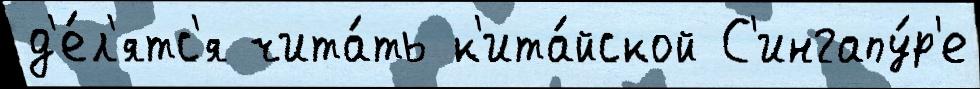
д'е́л'ятс'я чита́ть к'ита́йской С'ингапу́р'е